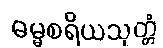
ဓမ္မစရိယသုတ္တံ